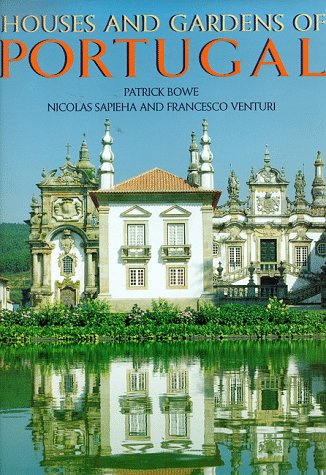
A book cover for Houses & Gardens of Portugal; Patrick Bowe; Travel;